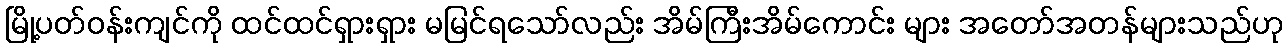
မြို့ပတ်ဝန်းကျင်ကို ထင်ထင်ရှားရှား မမြင်ရသော်လည်း အိမ်ကြီးအိမ်ကောင်း များ အတော်အတန်များသည်ဟု